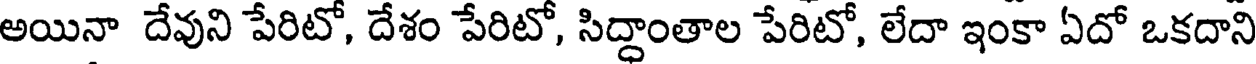
అయినా దేవుని పేరిటో, దేశం పేరిటో, సిద్ధాంతాల పేరిటో, లేదా ఇంకా ఏదో ఒకదాని